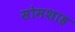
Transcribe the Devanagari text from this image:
सोमशाह